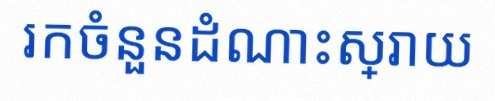
រកចំនួនដំណោះស្រាយ